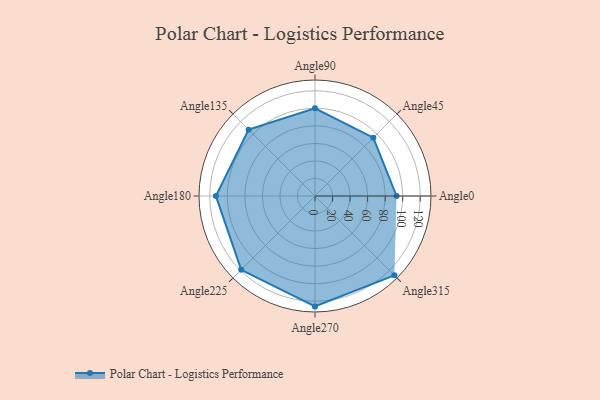
{"axis": {"x": "Angle", "y": "Radius"}, "legend": [""], "data": [{"x": "Angle0", "y": 93.0, "type": ""}, {"x": "Angle45", "y": 94.0, "type": ""}, {"x": "Angle90", "y": 100.0, "type": ""}, {"x": "Angle135", "y": 107.0, "type": ""}, {"x": "Angle180", "y": 113.0, "type": ""}, {"x": "Angle225", "y": 119.0, "type": ""}, {"x": "Angle270", "y": 126.0, "type": ""}, {"x": "Angle315", "y": 128.0, "type": ""}]}